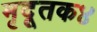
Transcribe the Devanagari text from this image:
मृदूतक४